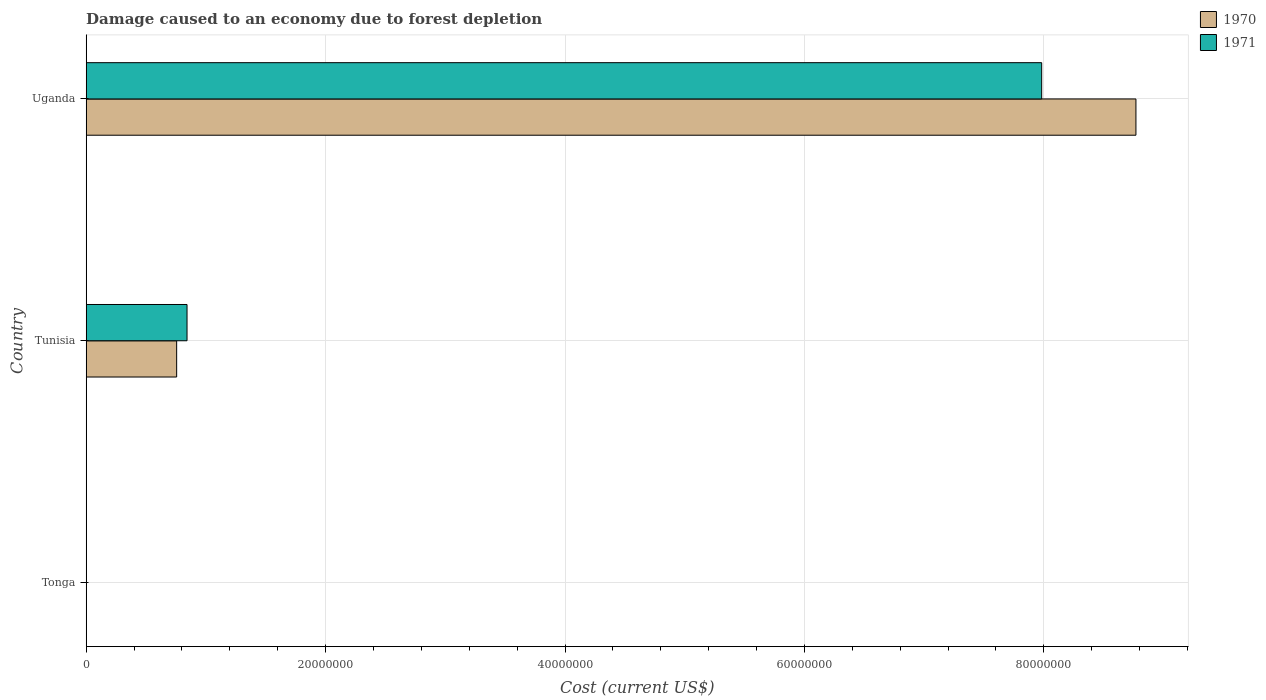
| Country | 1970 | 1971 |
 | --- | --- | --- |
 | Tonga | 4.9e+03 | 4.38e+03 |
 | Tunisia | 7.56e+06 | 8.42e+06 |
 | Uganda | 8.77e+07 | 7.98e+07 |